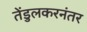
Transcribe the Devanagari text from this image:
तेंडुलकरनंतर